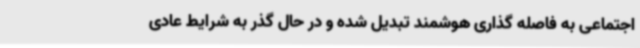
اجتماعی به فاصله گذاری هوشمند تبدیل شده و در حال گذر به شرایط عادی